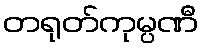
တရုတ်ကုမ္ပဏီ